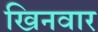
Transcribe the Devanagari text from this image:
खिनवार